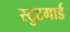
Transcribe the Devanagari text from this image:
स्टुटगार्ड